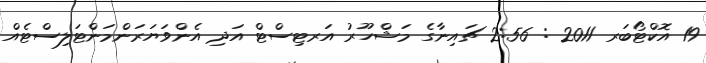
19 އޮކްޓޯބަރ 2011 : 2:56 ޗައިނާގެ މަޝްހޫރު އަރޓިސްޓް އަދި އެންވަޔަރަންމަންޓަލިސްޓެއް